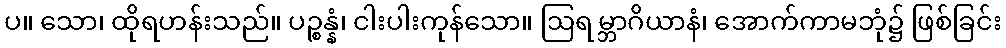
ပ။ သော၊ ထိုရဟန်းသည်။ ပဉ္စန္နံ၊ ငါးပါးကုန်သော။ ဩရမ္ဘာဂိယာနံ၊ အောက်ကာမဘုံ၌ ဖြစ်ခြင်း